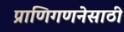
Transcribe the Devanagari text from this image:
प्राणिगणनेसाठी